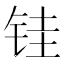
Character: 𫓯